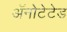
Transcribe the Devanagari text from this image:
ॲनोटेटेड